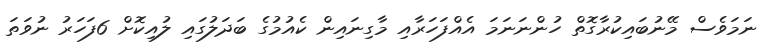
ނަމަވެސް މޭނުބައިކުރާގޮތް ހުންނަނަމަ އެއްފަހަރާއި މާގިނައިން ކެއުމުގެ ބަދަލުގައި ލުއިކޮށް 6ފަހަރު ނުވަތަ